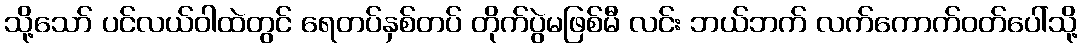
သို့သော် ပင်လယ်ဝါထဲတွင် ရေတပ်နှစ်တပ် တိုက်ပွဲမဖြစ်မီ လင်း ဘယ်ဘက် လက်ကောက်ဝတ်ပေါ်သို့